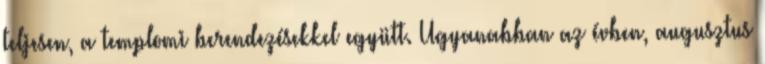
teljesen, a templomi berendezésekkel együtt. Ugyanabban az évben, augusztus